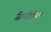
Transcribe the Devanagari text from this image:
सिम्बीडियम